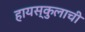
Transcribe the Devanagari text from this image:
हायस्कुलाची